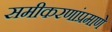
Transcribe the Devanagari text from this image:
समीकरणांप्रमाणे